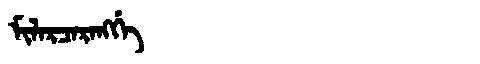
Manchu: ᠮᡳᠯᠠᡵᠴᠠᡵᠠᠩᡤᡝ
Romanization: MILARCARANGGE